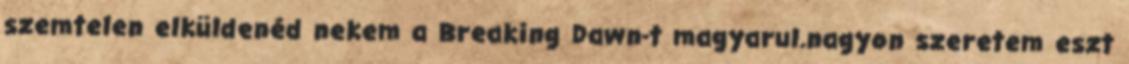
szemtelen elküldenéd nekem a Breaking Dawn-t magyarul.nagyon szeretem eszt